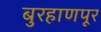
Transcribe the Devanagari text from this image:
बुरहाणपूर